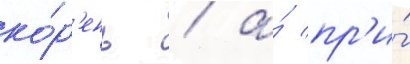
ко́р'ень / а́ пр'и́